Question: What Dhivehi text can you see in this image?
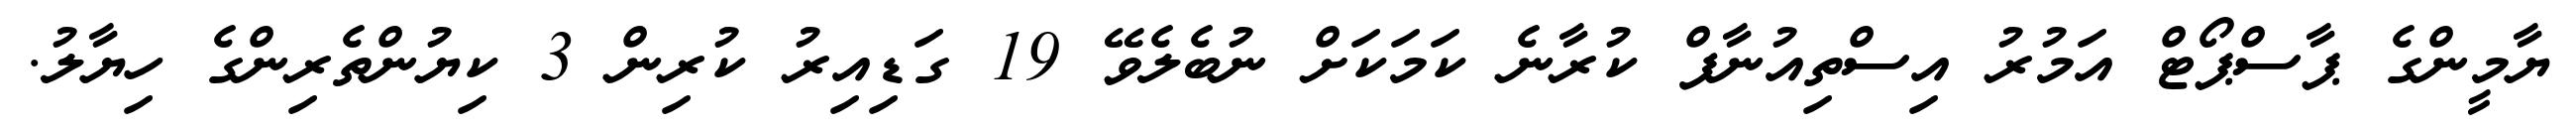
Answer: ޔާމީންގެ ޕާސްޕޯޓް އަމުރު އިސްތިއުނާފް ކުރާނެ ކަމަކަށް ނުބެލެވޭ 19 ގަޑިއިރު ކުރިން 3 ކިޔުންތެރިންގެ ހިޔާލު.